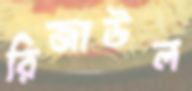
রিজাউল